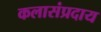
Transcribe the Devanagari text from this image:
कलासंप्रदाय